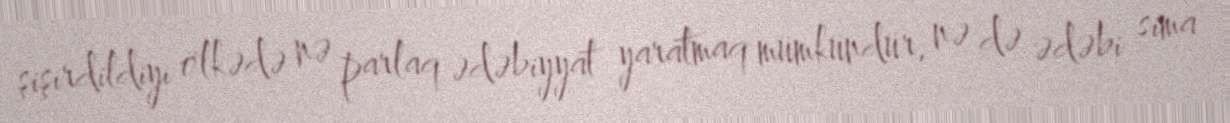
şişirdildiyi ölkədə nə parlaq ədəbiyyat yaratmaq mümkündür, nə də ədəbi sima